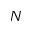
N